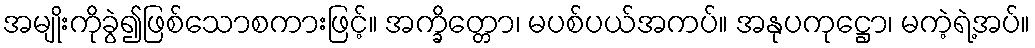
အမျိုးကိုခွဲ၍ဖြစ်သောစကားဖြင့်။ အက္ခိတ္တော၊ မပစ်ပယ်အကပ်။ အနုပကုဋ္ဌော၊ မကဲ့ရဲ့အပ်။